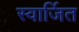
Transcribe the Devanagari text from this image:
स्वार्जित